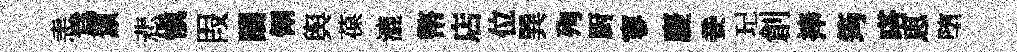
恚為鎭悲愼叚躪翎舆葆漉幣店位巽殉厨寥慶妾玘創捧筠嗒思堕